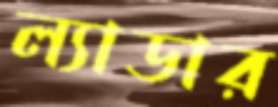
ল্যাডার